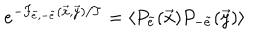
LaTeX: e ^ { - F _ { \tilde { e } , - \tilde { e } } ( \vec { x } , \vec { y } ) / T } = \langle P _ { \tilde { e } } ( \vec { x } ) P _ { - \tilde { e } } ( \vec { y } ) \rangle